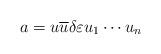
LaTeX: \begin{align*} a = u \overline{u} \delta\varepsilon u_1\cdots u_n \end{align*}